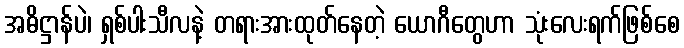
အဓိဋ္ဌာန်ပဲ၊ ရှစ်ပါးသီလနဲ့ တရားအားထုတ်နေတဲ့ ယောဂီတွေဟာ သုံးလေးရက်ဖြစ်စေ